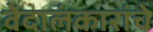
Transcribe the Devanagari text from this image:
वेदालंकारांचे